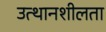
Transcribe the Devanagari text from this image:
उत्थानशीलता